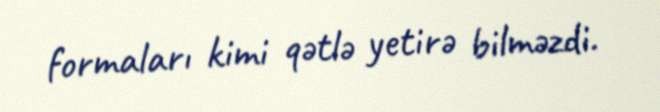
formaları kimi qətlə yetirə bilməzdi.